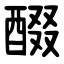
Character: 醊